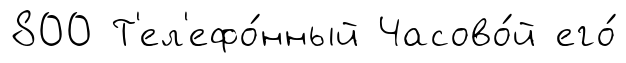
800 Т'ел'ефо́нный Часово́й его́